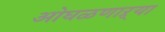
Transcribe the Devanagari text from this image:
ओघळणाऱ्या